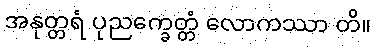
အနုတ္တရံ ပုညက္ခေတ္တံ လောကဿာ တိ။